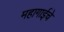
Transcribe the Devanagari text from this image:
महागाईचे